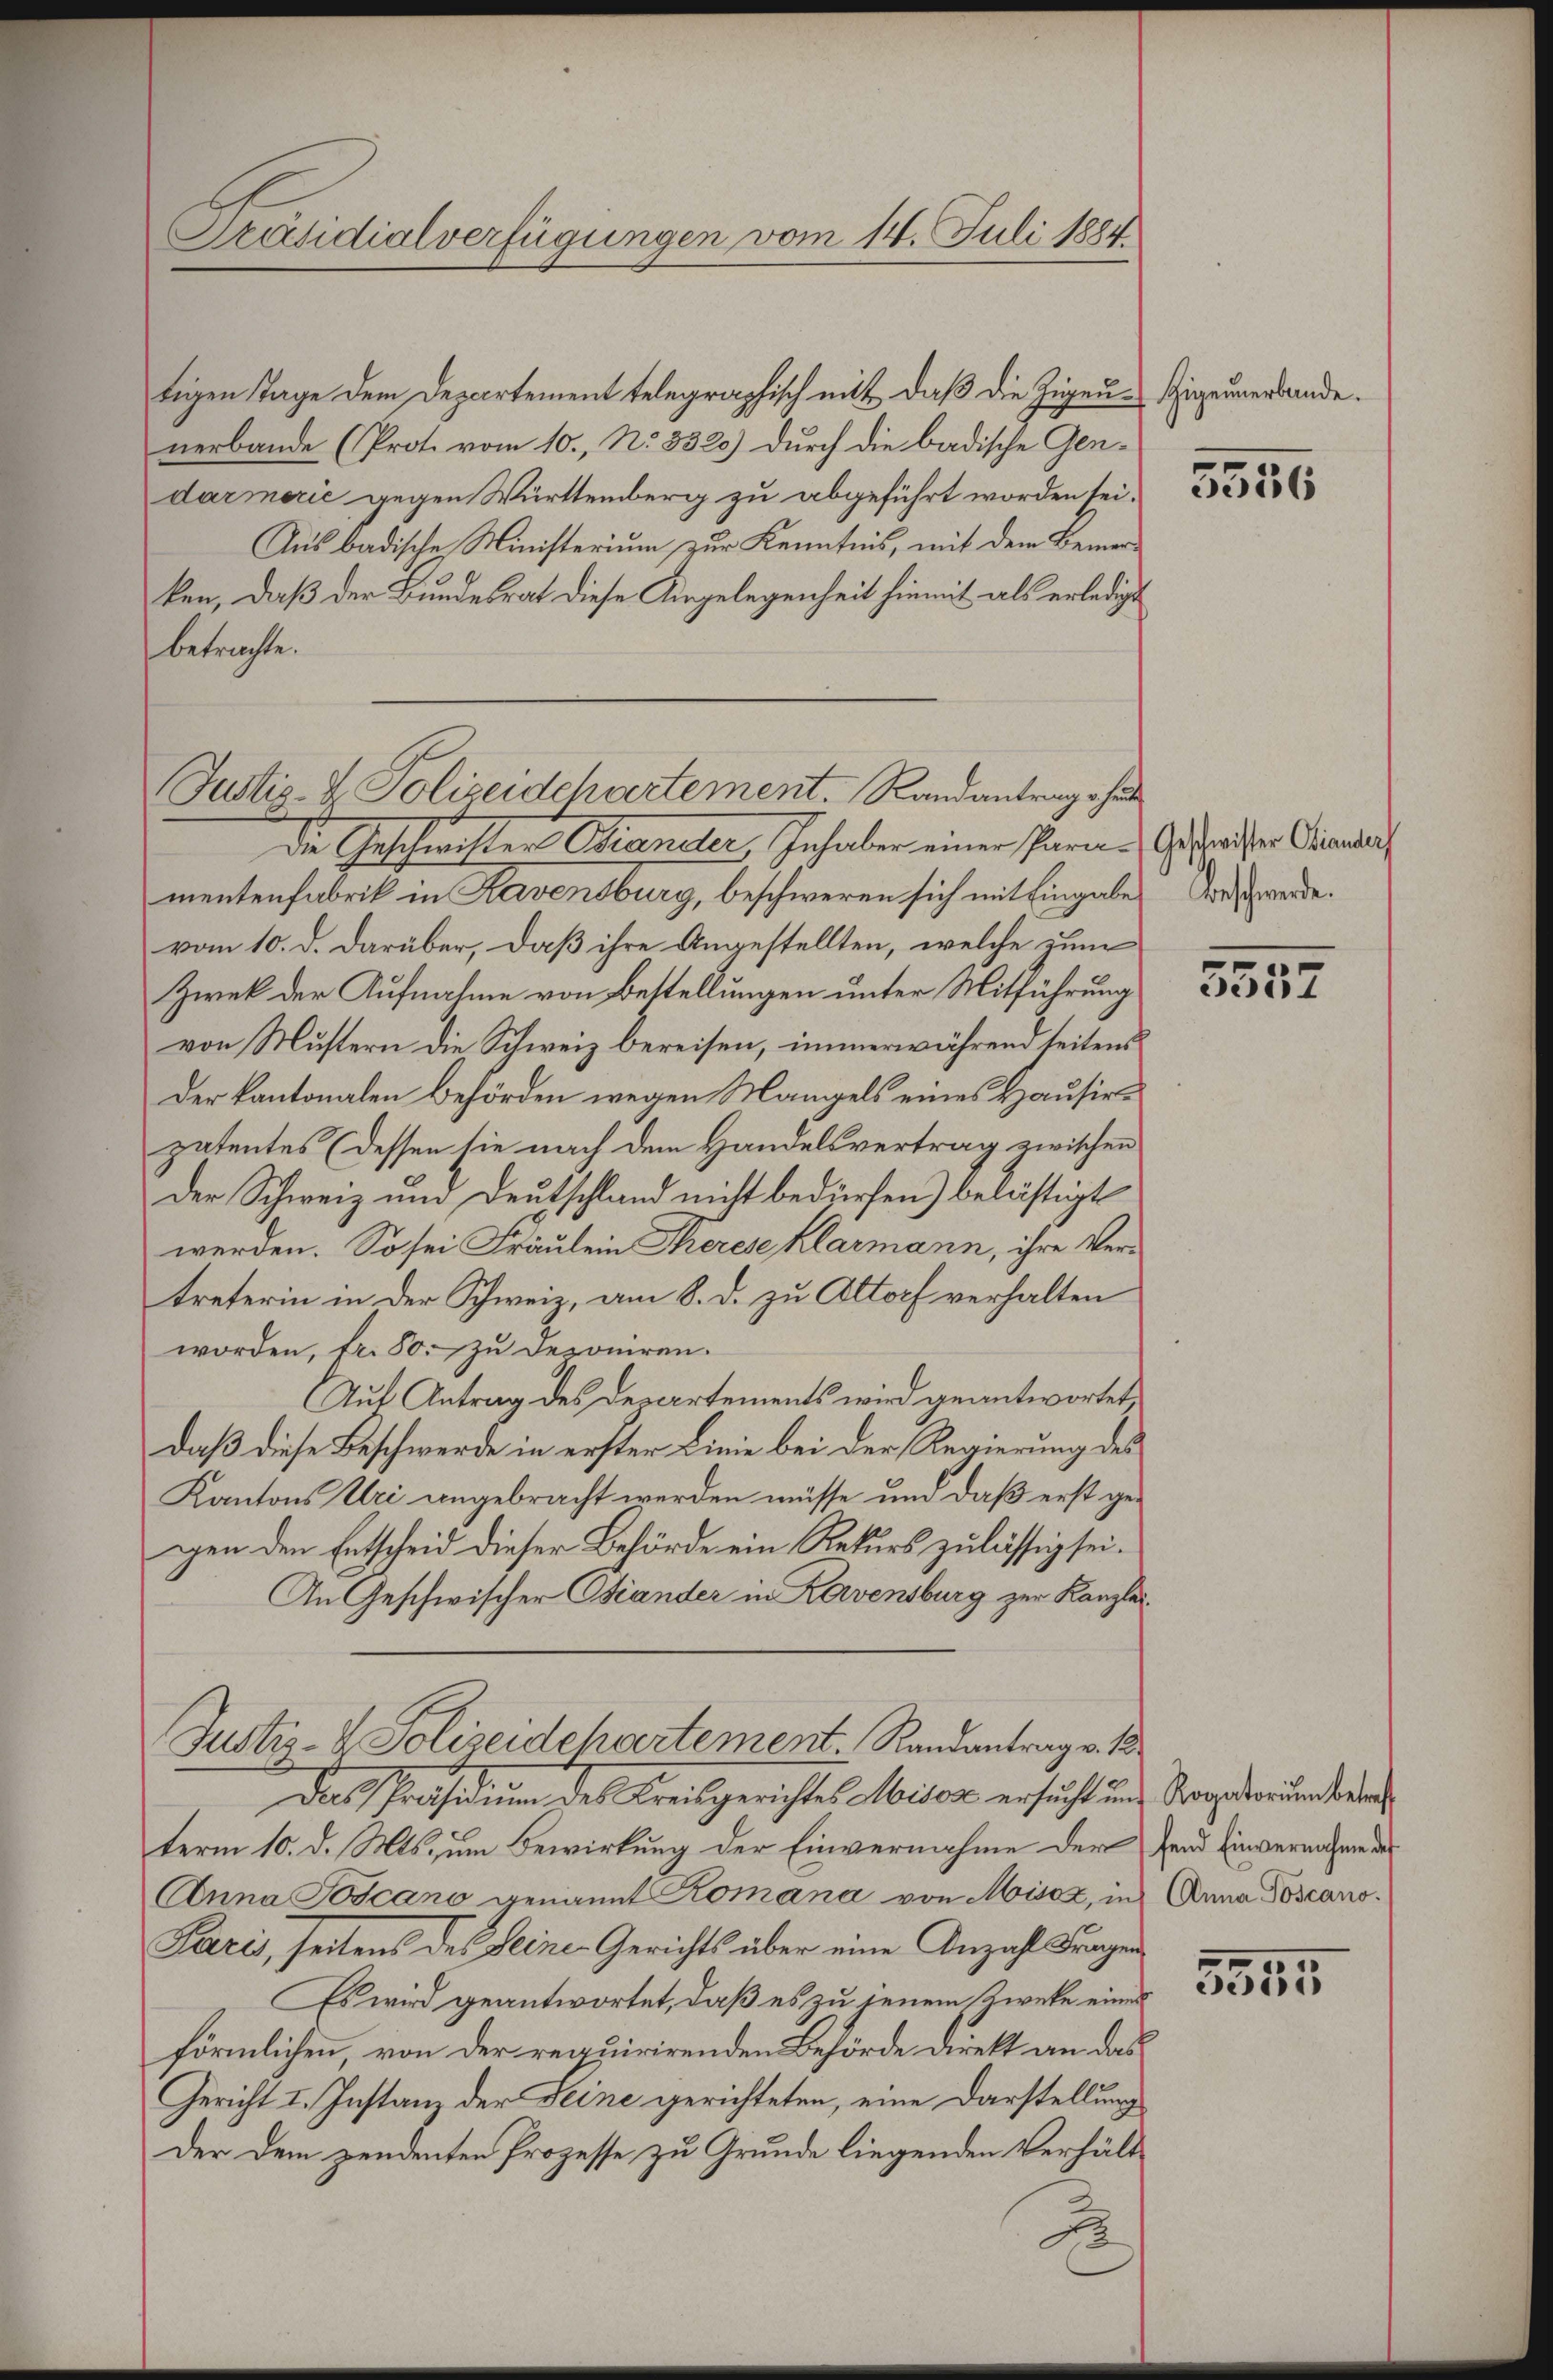
Präsidialverfügungen vom 14. Juli 1884

Justiz- & Polizeidchartement. Sandantrage hat

tigen Tage dem Departement telegraphisch mit, daß die Zigeu-Zigeunerbande.
nerbande (Prot. vom 10., N. 8320) durch die badische Gendarmerić gegen Württemberg zu abgeführt worden sei.
Aus badische Ministerium zur Kenntnis, mit dem Bemerken, daß der Bundesrat diese Angelegenheit hiemit als erledigt
betrachte.
die Geschwister Brander, Inhaber einer Para-Gestreiter Stander
mentenfabrik in Ravensburg, beschweren sich mit Eingabe
vom 10. d. darüber, daß ihre Angestellten, welche zum
Zwek der Aufnahme von Bestellungen unter Mitführung
von Mustern die Schweiz bereisen, immerwährend seitens
Der kantonalen Behörden wegen Mangels eines Hausirpatentes (dessen sie nach dem Handelsvertrag zwischen
Der Schweiz und Deutschland nicht bedürfen) belästigt
werden. So sei Fräulein Therese klarmann, ihre Vertreterin in der Schweiz, am 8. d. zu Altorf verhalten
worden, tr. 50. zu deponiren.
Auf Antrag des Departements wird geantwortet,
daß diese Beschwerde in erster Linie bei der Regierung des
Kantons Uri angebracht werden müsse, um daß erst gegen den Entscheid dieser Behörde ein Rekurs zulässig sei¬
An Geschwischer Stander in Kavensburg zur Kanzlei¬
Justiz- & Polizeidehartement. Randantrag v. 18
Das Präsidium des Kreisgerichtes Miser ersucht und Sorgetrauendenden
term 10. d. Mts., um Bewirkung der Einvernahme der fand Einvernahme des
Anna Toscano genannt Romana von Misox, in Anna Toscano¬
Paris, seitens des Seine Gerichts über eine Anzahl Fragen
Es wird geantwortet, daß es zu jenem Kieke eines
förmlichen von der requirirenden Behörde direkt an das
Gericht I. Instanz der Seine gerichteten, eine Darstellung
Der dem zendenten Prozesse zu Grunde liegenden Verhält¬

5556

Beschwerde.

e
5357

.
e